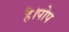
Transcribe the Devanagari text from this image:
है।पोप